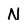
Character: N